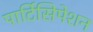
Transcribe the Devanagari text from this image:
पार्टिसिपेशन